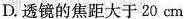
D.透镜的焦距大于20cm